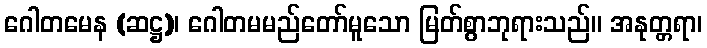
ဂေါတမေန (ဆဋ္ဌ)၊ ဂေါတမမည်တော်မူသော မြတ်စွာဘုရားသည်။ အနုတ္တရာ၊